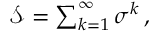
\begin{array} { r } { \mathcal { S } = \sum _ { k = 1 } ^ { \infty } \sigma ^ { k } \, , } \end{array}